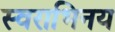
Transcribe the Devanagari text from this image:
स्वराभिनय